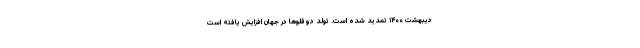
دیبهشت ۱۴۰۰ تمدید شده است. تولد دوقلوها در جهان افزایش یافته است